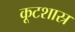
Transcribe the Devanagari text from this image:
कूटशास्र